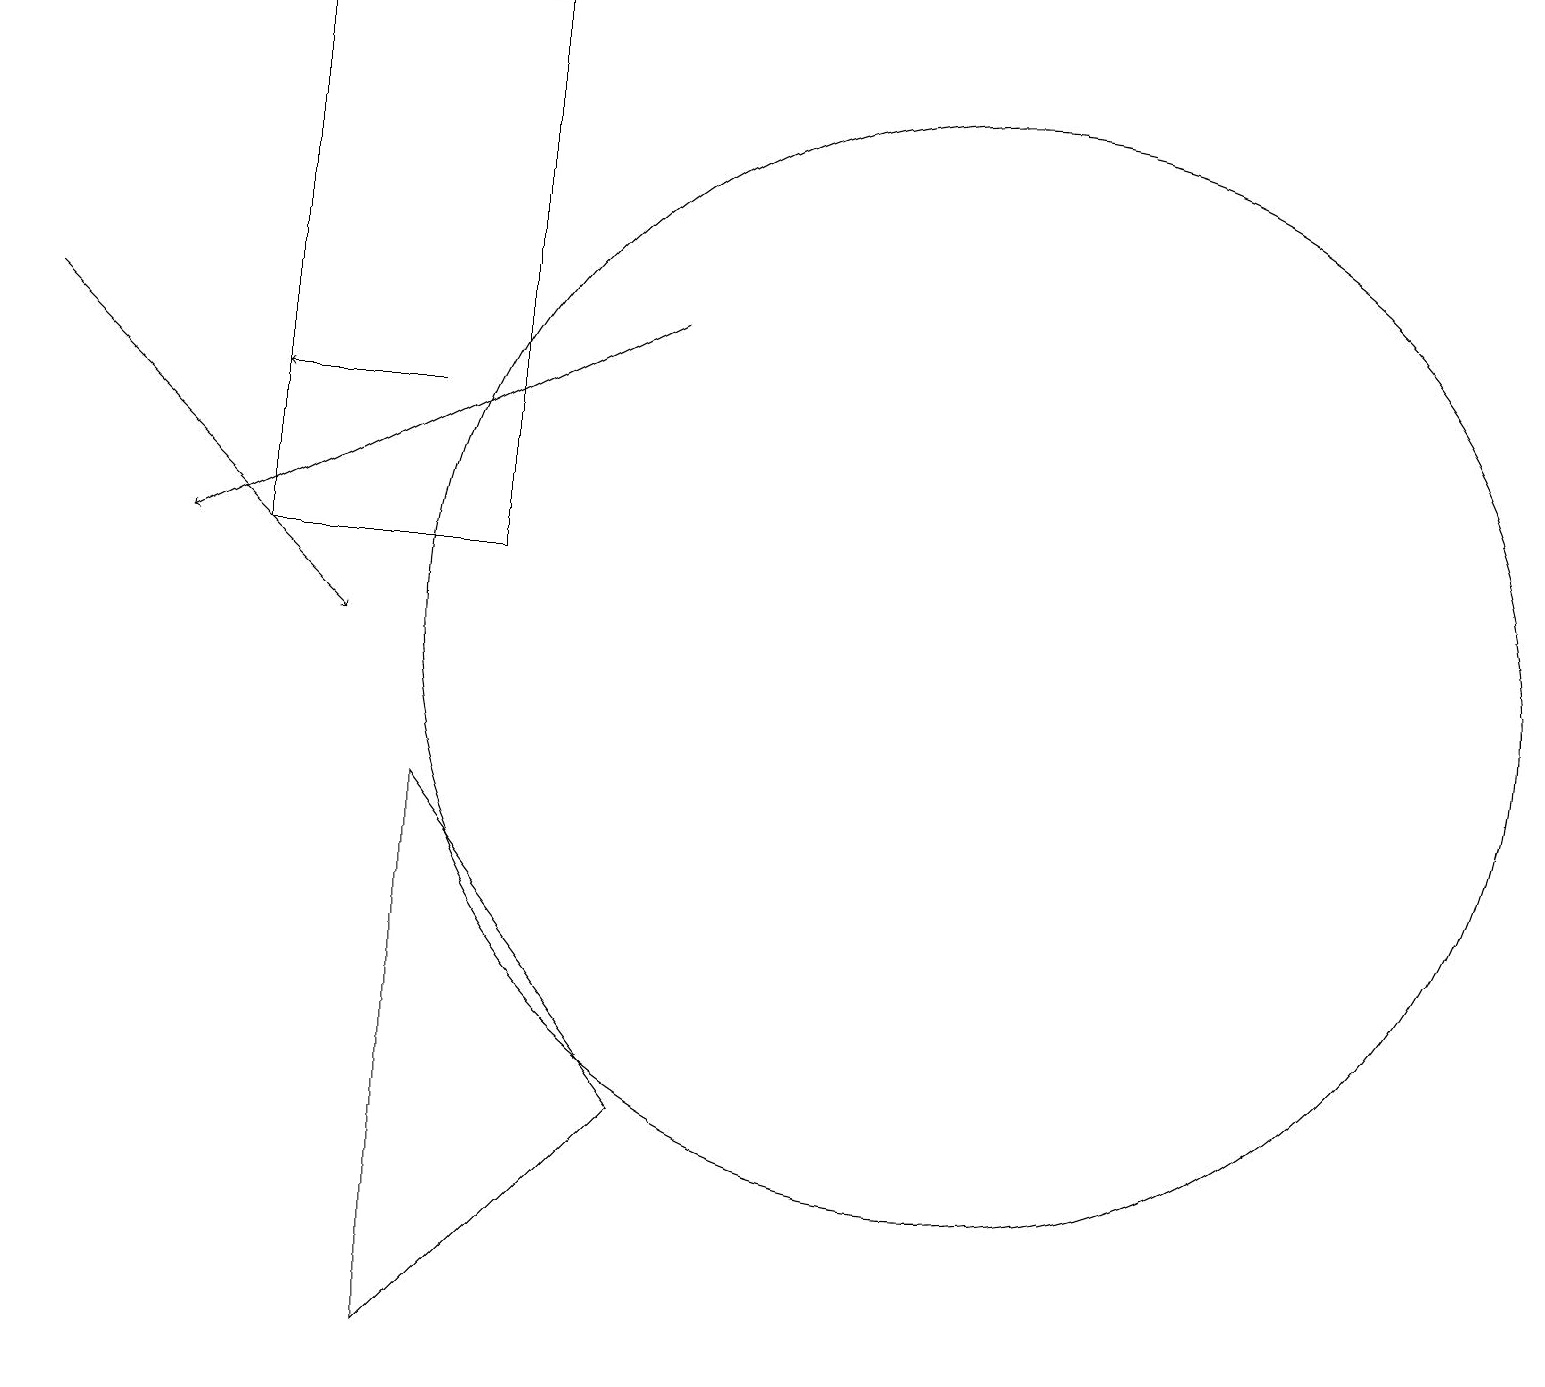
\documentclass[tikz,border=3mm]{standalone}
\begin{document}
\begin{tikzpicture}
\draw (12,11) circle (7);
\draw (5,2) -- (5,9) -- (8,5) -- cycle;
\draw[->] (8,15) -- (2,12);
\draw (6,12) rectangle (3,19);
\draw[->] (0,15) -- (4,11);
\draw[->] (5,14) -- (3,14);
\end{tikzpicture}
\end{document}